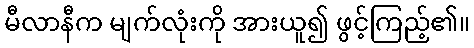
မီလာနီက မျက်လုံးကို အားယူ၍ ဖွင့်ကြည့်၏။